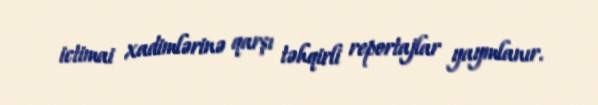
ictimai xadimlərinə qarşı təhqirli reportajlar yaymlanır.